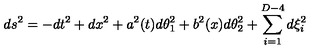
d s ^ { 2 } = - d t ^ { 2 } + d x ^ { 2 } + a ^ { 2 } ( t ) d \theta _ { 1 } ^ { 2 } + b ^ { 2 } ( x ) d \theta _ { 2 } ^ { 2 } + \sum _ { i = 1 } ^ { D - 4 } d \xi _ { i } ^ { 2 }